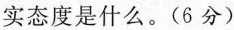
实态度是什么。(6分)